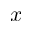
x